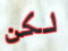
لكن